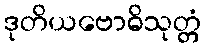
ဒုတိယဗောဓိသုတ္တံ